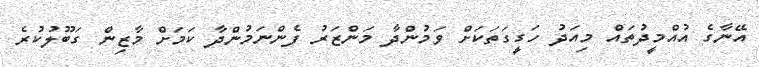
އޭނާގެ އުއްމީދުތައް މިއަދު ހަގީގަތަކަށް ވަމުންދާ މަންޒަރު ފެންނަމުންދާ ކަމަށް މާޒިން ގަބޫލުކުރެ